Report on vaccination in Madras 1895-1903 - 1895-1903
Year: 1895
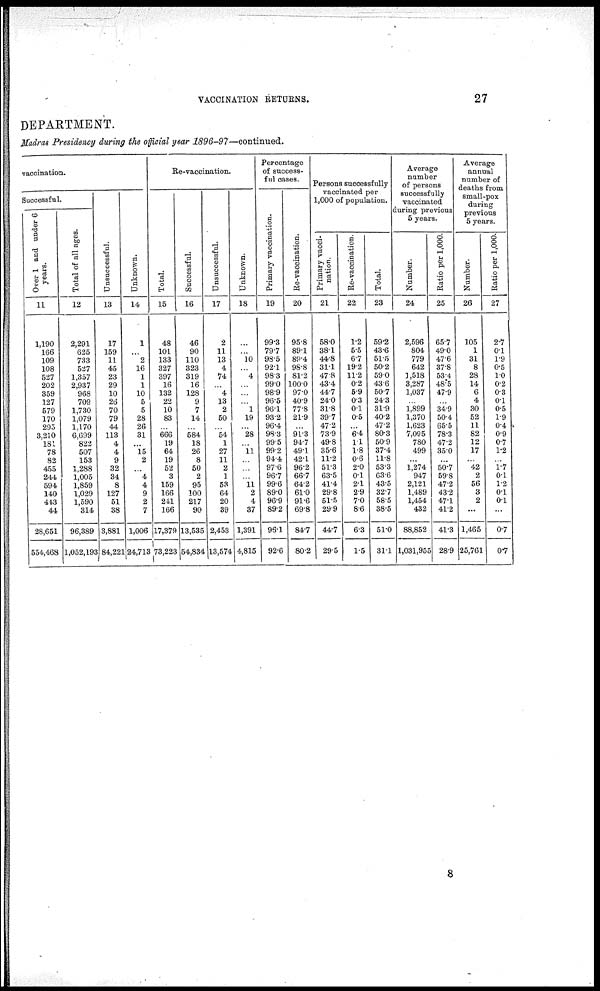
VACCINATION RETURNS.
27
DEPARTMENT.
Madras Presidency during the official year
1896-97—continued.
vaccination.
Successful.
Over 1 and under 6
years.
11
1,190
166
109
108
527
202
359
127
579
170
295
3,210
181
78
82
455
244
594
140
443
44
28,651
554,468
Total of all ages.
12
2,291
625
733
527
1,357
2,937
968
709
1,730
1,079
1,170
6,699
822
507
153
1,288
1,005
1,859
1,029
1,590
314
96,389
1,052,193
Unsuccessful.
13
17
159
11
45
23
29
10
26
70
79
44
113
4
4
9
32
34
8
127
51
38
3,881
84,221
Unknown.
14
1
...
2
16
1
1
10
5
5
28
26
31
...
15
2
...
4
4
9
2
7
1,006
24,713
Re-vaccination.
Total.
15
48
101
133
327
397
16
132
22
10
83
...
666
19
64
19
52
3
159
166
241
166
17,379
73,223
Successful.
16
46
90
110
323
319
16
128
9
7
14
...
584
18
26
8
50
2
95
100
217
90
13,535
54,834
Unsuccessful.
17
2
11
13
4
74
...
4
13
2
50
...
54
1
27
11
2
1
53
64
20
39
2,453
13,574
Unknown.
18
...
...
10
...
4
...
...
...
1
19
...
28
...
11
...
...
.
11
2
4
37
1,391
4,815
Percentage
of success-
ful cases.
Primary vaccination.
19
99.3
79.7
98.5
92.1
98.3
99.0
98.9
96.5
96.1
93.2
96.4
98.3
99.5
99.2
94.4
97.6
96.7
99.6
89.0
96.9
89.2
96.1
92.6
Re-vaccination.
20
95.8
89.1
89.4
98.8
81.2
100.0
97.0
40.9
77.8
21.9
...
91.3
94.7
49.1
42.1
96.2
66.7
64.2
61.0
91.6
69.8
84.7
80.2
Persons successfully
vaccinated per
1,000 of population.
Primary vacci-
nation.
21
58.0
38.1
44.8
31.1
47.8
43.4
44.7
24.0
31.8
39.7
47.2
73.9
49.8
35.6
11.2
51.3
63.5
41.4
29.8
51.5
29.9
44.7
29.5
Re-vaccination.
22
1.2
5.5
6.7
19.2
11.2
0.2
5.9
0.3
0.1
0.5
...
6.4
1.1
1.8
0.6
2.0
0.1
2.1
2.9
7.0
8.6
6.3
1.5
Total.
23
59.2
43.6
51.5
50.2
59.0
43.6
50.7
24.3
31.9
40.2
47.2
80.3
50.9
37.4
11.8
53.3
63.6
43.5
32.7
58.5
38.5
51.0
31.1
Average
number
of persons
successfully
vaccinated
during previous
5 years.
Number.
24
2,596
804
779
642
1,518
3,287
1,037
...
1,899
1,370
1,623
7,095
780
499
...
1,274
947
2,121
1,489
1,454
432
88,852
1,031,955
Ratio per 1,000.
25
65.7
49.0
47.6
37.8
53.4
48.5
47.9
...
34.9
50.4
65.5
78.3
47.2
35.0
...
50.7
59.8
47.2
43.2
47.1
41.2
41.3
28.9
Average
annual
number of
deaths from
small-pox
during
previous
5 years.
Number.
26
105
1
31
8
28
14
6
4
30
52
11
82
12
17
...
42
2
56
3
2
...
1,465
25,761
Ratio per 1,000.
27
2.7
0.1
1.9
0.5
1.0
0.2
0.3
0.1
0.5
1.9
0.4
0.9
0.7
1.2
...
1.7
0.1
1.2
0.1
0.1
...
0.7
0.7
8